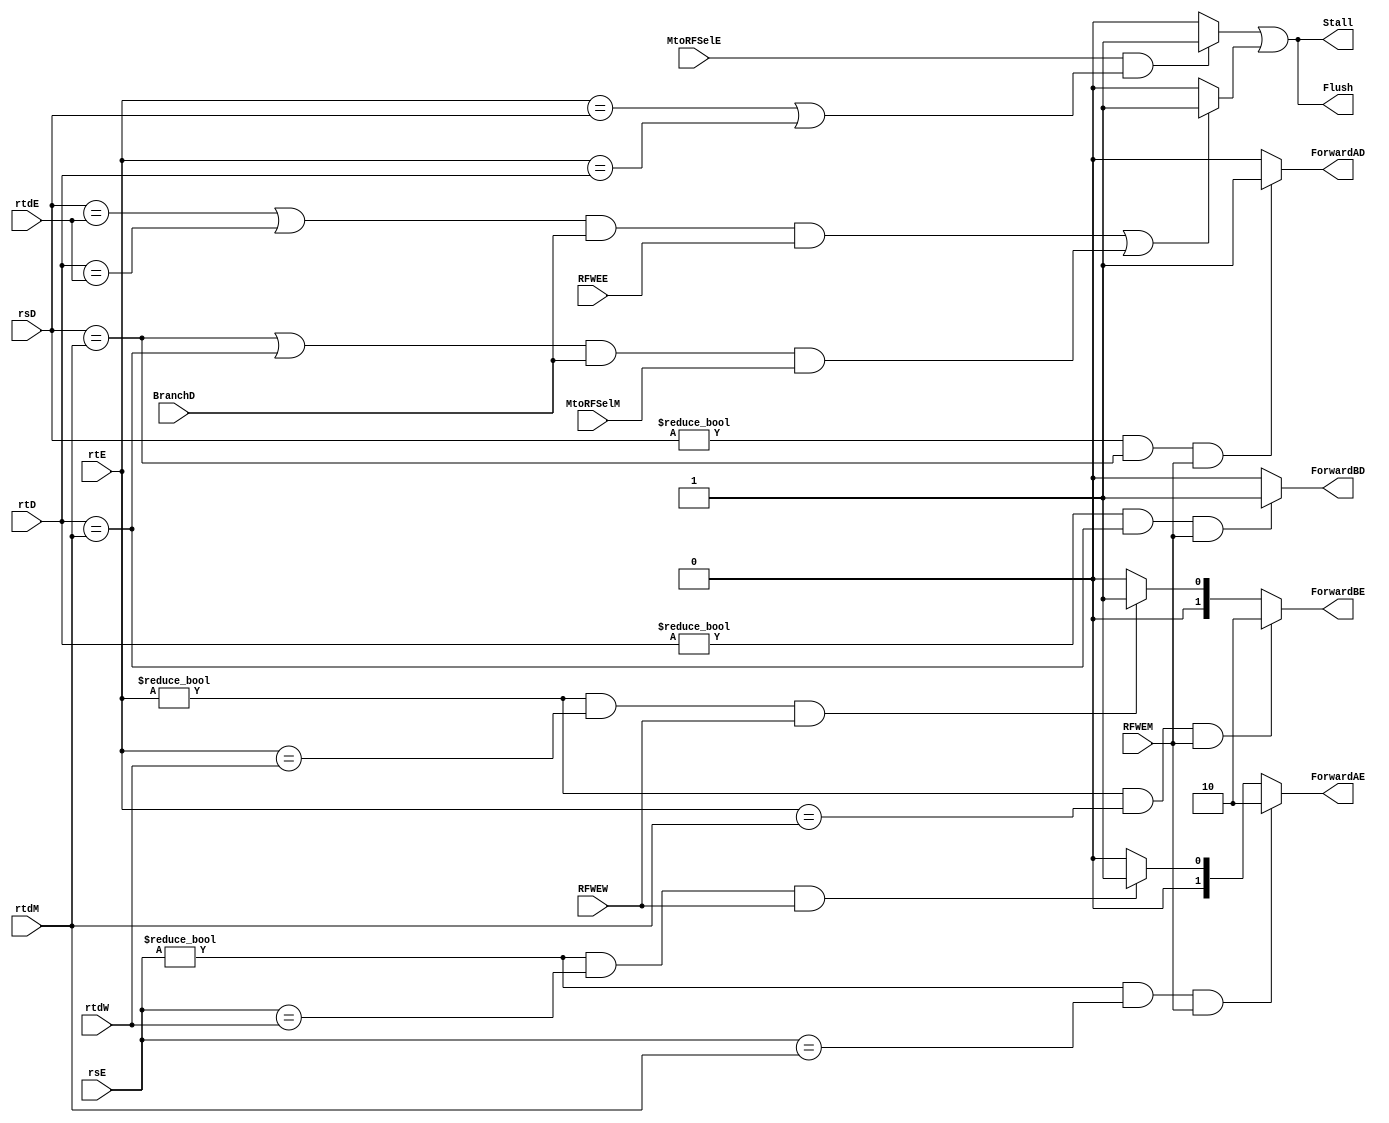
module HZD (input RFWEE, RFWEM, RFWEW, MtoRFSelE, MtoRFSelM, BranchD,
            input [4:0] rsD, rtD,
            input [4:0] rsE, rtE, 
            input [4:0] rtdE, rtdM, rtdW,
            output Flush,
            output Stall,
            output reg ForwardAD, ForwardBD,
            output reg [1:0] ForwardAE, ForwardBE);

// Internal Connection     
reg LWStall, BRStall;            

// Assignments:
assign Stall = LWStall || BRStall;
assign Flush = Stall;
            
// Combinational Logic:
always @ * begin
        if ((rsE != 0) && (rsE == rtdM) && RFWEM)
            ForwardAE = 2'b10;
        else if ((rsE != 0) && (rsE == rtdW) && RFWEW)
            ForwardAE = 2'b01;
        else 
            ForwardAE = 2'b00;
        //
        if ((rtE != 0) && (rtE == rtdM) && RFWEM)
            ForwardBE = 2'b10;
        else if ((rtE != 0) && (rtE == rtdW) && RFWEW)
            ForwardBE = 2'b01;
        else 
            ForwardBE = 2'b00;
        //
        if ((rsD != 0) && (rsD == rtdM) && RFWEM)
            ForwardAD = 1'b1;
        else 
            ForwardAD = 1'b0;
        if ((rtD != 0) && (rtD == rtdM) && RFWEM)
            ForwardBD = 1'b1;
        else 
            ForwardBD = 1'b0;
        //
        if (MtoRFSelE && ((rtE == rsD) || (rtE == rtD)))
            LWStall = 1'b1;
        else 
            LWStall = 1'b0;
        //
        if ((((rsD == rtdE)||(rtD == rtdE)) && BranchD && RFWEE ) || (((rsD == rtdM)||(rtD == rtdM)) && BranchD && MtoRFSelM))
            BRStall = 1'b1;
        else 
            BRStall = 1'b0;
end

        
endmodule